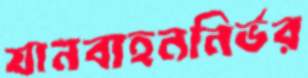
যানবাহননির্ভর